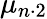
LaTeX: \mu_{n\cdot 2}